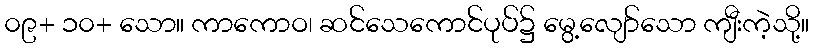
၀၉+ ၁၀+ သော။ ကာကောဝ၊ ဆင်သေကောင်ပုပ်၌ မွေ့လျော်သော ကျီးကဲ့သို့။